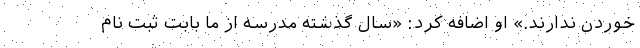
خوردن ندارند.» او اضافه کرد: «سال گذشته مدرسه از ما بابت ثبت نام